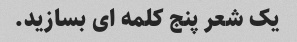
یک شعر پنج کلمه ای بسازید.